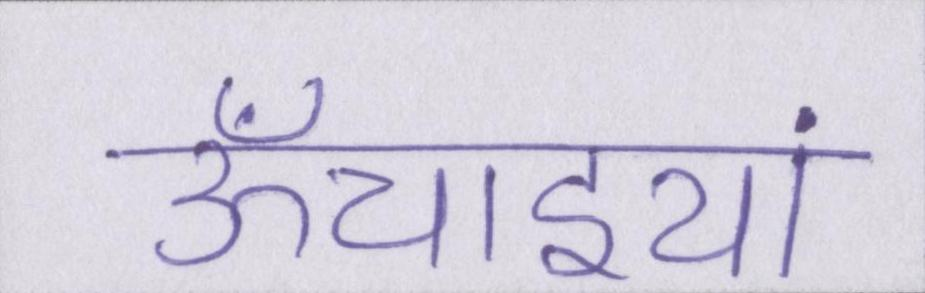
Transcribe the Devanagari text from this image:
ऊँचाइयां